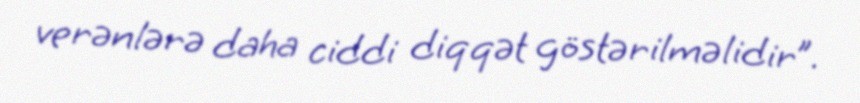
verənlərə daha ciddi diqqət göstərilməlidir”.